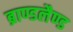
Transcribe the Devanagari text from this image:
ब्राण्डलैण्ड